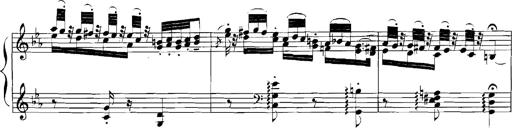
Title: Rhapsodies hongroises
Composer: Franz Liszt